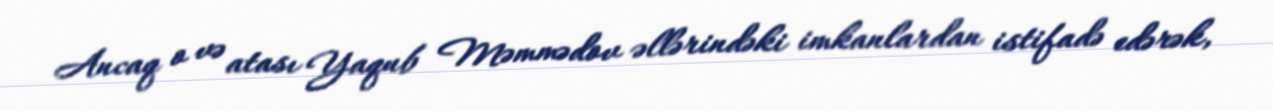
Ancaq o və atası Yaqub Məmmədov əllərindəki imkanlardan istifadə edərək,